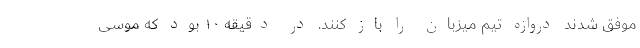
موفق شدند دروازه تیم میزبان را باز کنند. در دقیقه ۱۰ بود که موسی